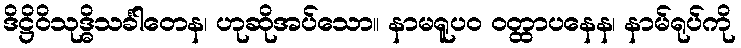
ဒိဋ္ဌိဝိသုဒ္ဓိသင်္ခါတေန၊ ဟုဆိုအပ်သော။ နာမရူပဝ ဝတ္ထာပနေန၊ နာမ်ရုပ်ကို